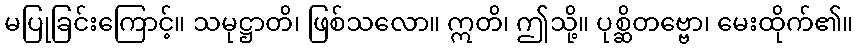
မပြုခြင်းကြောင့်။ သမုဋ္ဌာတိ၊ ဖြစ်သလော။ ဣတိ၊ ဤသို့။ ပုစ္ဆိတဗ္ဗော၊ မေးထိုက်၏။